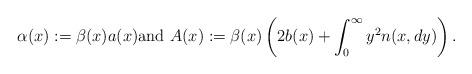
LaTeX: \begin{align*}\alpha(x):=\beta(x)a(x)\mbox{and }A(x):=\beta(x)\left( 2b(x)+\int_0^\infty y^2 n(x,dy)\right).\end{align*}